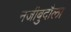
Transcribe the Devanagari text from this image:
नजीबुदौला